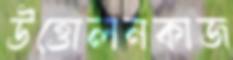
উত্তোলনকাজ